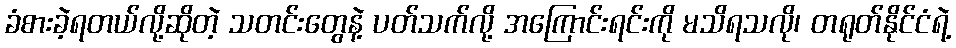
ခံစားခဲ့ရတယ်လို့ဆိုတဲ့ သတင်းတွေနဲ့ ပတ်သက်လို့ အကြောင်းရင်းကို မသိရသလို၊ တရုတ်နိုင်ငံရဲ့